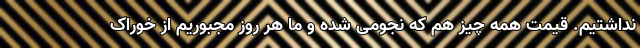
نداشتیم. قیمت همه چیز هم که نجومی شده و ما هر روز مجبوریم از خوراک